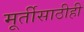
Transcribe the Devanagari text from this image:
मूर्तीसाठीही